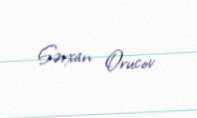
Sərxan Orucov